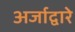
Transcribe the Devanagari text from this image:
अर्जाद्वारे